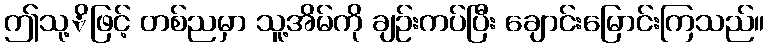
ဤသု့ိဖြင့် တစ်ညမှာ သူ့အိမ်ကို ချဉ်းကပ်ပြီး ချောင်းမြောင်းကြသည်။